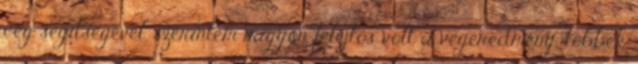
cég segítségével, szerintem nagyon felejtős volt a végeredmény, többek